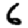
Digit: 6